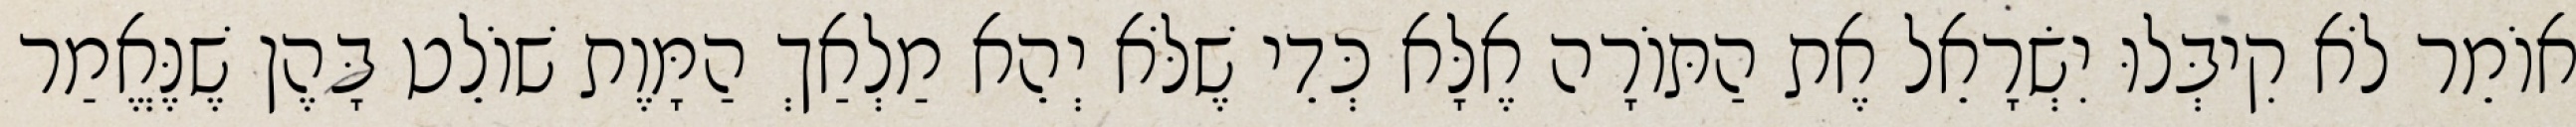
אוֹמֵר לֹא קִיבְּלוּ יִשְׂרָאֵל אֶת הַתּוֹרָה אֶלָּא כְּדֵי שֶׁלֹּא יְהֵא מַלְאַךְ הַמָּוֶת שׁוֹלֵט בָּהֶן שֶׁנֶּאֱמַר